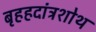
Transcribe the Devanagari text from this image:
बृहहदांत्रशोथ